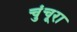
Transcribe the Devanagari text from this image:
चुंचूरा